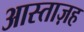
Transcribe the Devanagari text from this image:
आस्ताज़ह